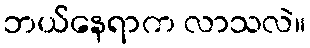
ဘယ်နေရာက လာသလဲ။